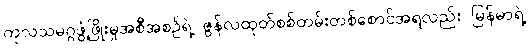
ကုလသမဂ္ဂဖွံ့ဖြိုးမှုအစီအစဉ်ရဲ့ ဇွန်လထုတ်စစ်တမ်းတစ်စောင်အရလည်း မြန်မာရဲ့